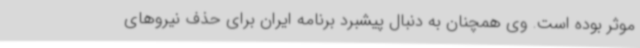
موثر بوده است. وی همچنان به دنبال پیشبرد برنامه ایران برای حذف نیروهای